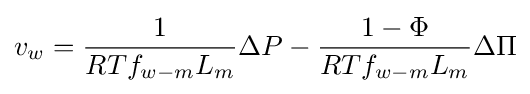
v_{w}={\frac {1}{RTf_{w-m}L_{m}}}\Delta P-{\frac {1-\Phi }{RTf_{w-m}L_{m}}}\Delta \Pi